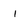
Character: I